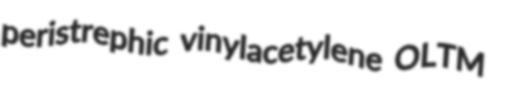
peristrephic vinylacetylene OLTM